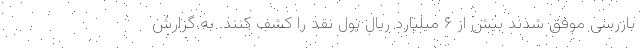
بازرسی موفق شدند بیش از ۶ میلیارد ریال پول نقد را کشف کنند. به گزارش